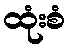
ထုံးစံ